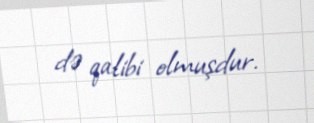
də qalibi olmuşdur.